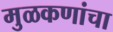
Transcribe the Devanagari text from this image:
मुळकणांचा